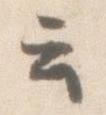
云